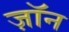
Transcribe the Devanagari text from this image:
ज़ॉन